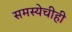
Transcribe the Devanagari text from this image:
समस्येचीही